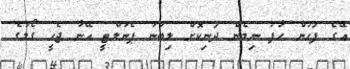
އޭގެ ފަހުން ހާފު ނިމެން ދަނިކޮށް ލިބުނު ޕެނަލްޓީ އޭނާ ޖެހީ ގޯލުގެ